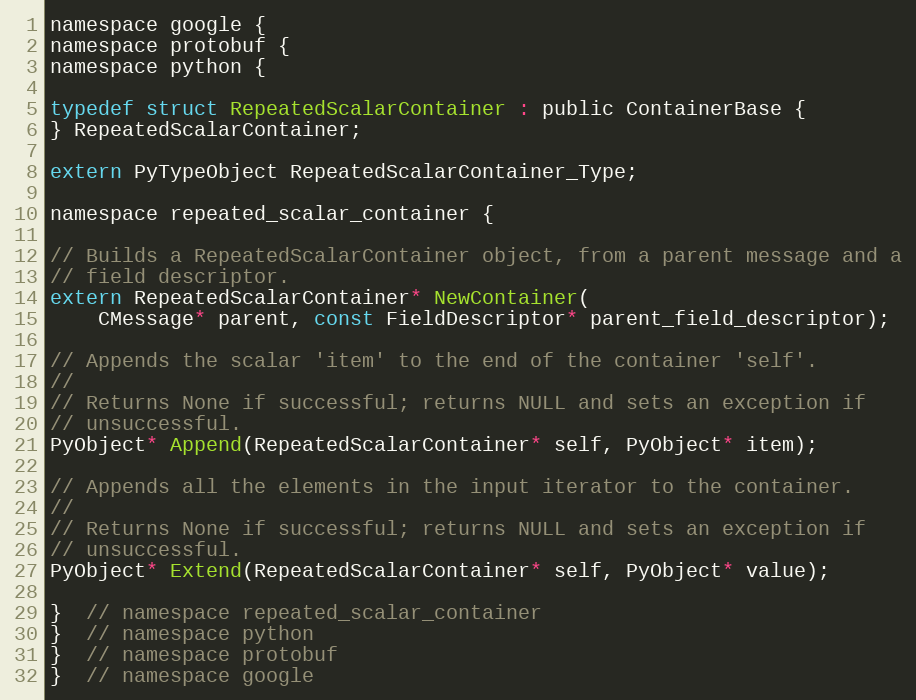
Language: C
namespace google {
namespace protobuf {
namespace python {

typedef struct RepeatedScalarContainer : public ContainerBase {
} RepeatedScalarContainer;

extern PyTypeObject RepeatedScalarContainer_Type;

namespace repeated_scalar_container {

// Builds a RepeatedScalarContainer object, from a parent message and a
// field descriptor.
extern RepeatedScalarContainer* NewContainer(
    CMessage* parent, const FieldDescriptor* parent_field_descriptor);

// Appends the scalar 'item' to the end of the container 'self'.
//
// Returns None if successful; returns NULL and sets an exception if
// unsuccessful.
PyObject* Append(RepeatedScalarContainer* self, PyObject* item);

// Appends all the elements in the input iterator to the container.
//
// Returns None if successful; returns NULL and sets an exception if
// unsuccessful.
PyObject* Extend(RepeatedScalarContainer* self, PyObject* value);

}  // namespace repeated_scalar_container
}  // namespace python
}  // namespace protobuf
}  // namespace google